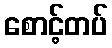
စောင့်တပ်